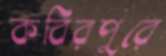
কবিরপুরে